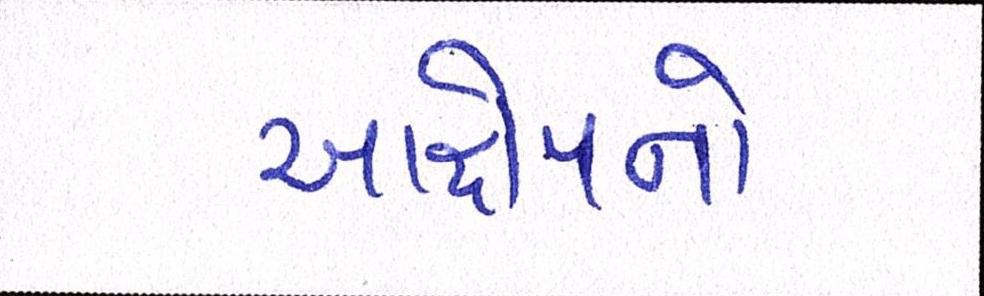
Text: આક્ષેપનો